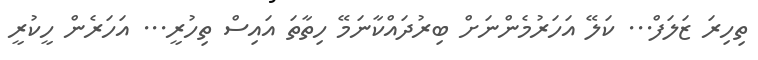
ތިހިރަ ޒަލަފް... ކަލޭ އަހަރުމެންނަށް ބިރުދައްކާނަމޭ ހިތާތަ އައިސް ތިހުރީ... އަހަރެން ހީކުރީ